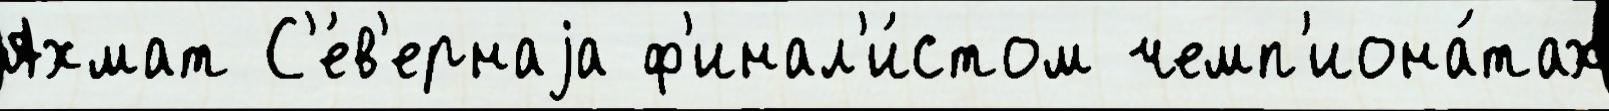
Ахмат С'е́в'ернаjа ф'инал'и́стом чемп'иона́тах